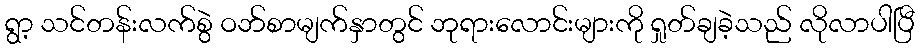
ရွာ့ သင်တန်းလက်စွဲ ဝဘ်စာမျက်နှာတွင် ဘုရားလောင်းများကို ရှုတ်ချခဲ့သည် လိုလာပါပြီ